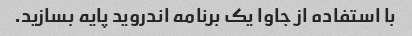
با استفاده از جاوا یک برنامه اندروید پایه بسازید.